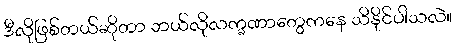
ဒီလိုဖြစ်တယ်ဆိုတာ ဘယ်လိုလက္ခဏာတွေကနေ သိနိုင်ပါသလဲ။